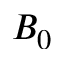
B _ { 0 }